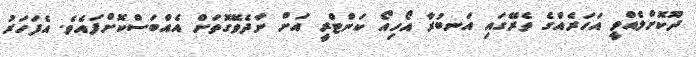
ދޫކޮށްލެއްވީ އަހަރެއްގެ ތެރޭގައި އަނބުރާ އޯހިއޯ ކަންޓްރީ އަށް ނާދެވޭގޮތަށް އެއްބަސްކޮށްފައެވެ. އެފަހަރު